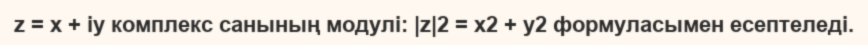
z = x + iy комплекс санының модулі: |z|2 = x2 + y2 формуласымен есептеледі.